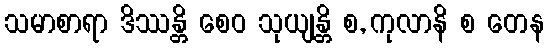
သမာစာရာ ဒိဿန္တိ စေဝ သုယျန္တိ စ, ကုလာနိ စ တေန